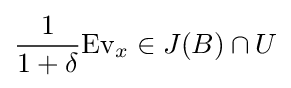
{\frac {1}{1+\delta }}{\text{Ev}}_{x}\in J(B)\cap U